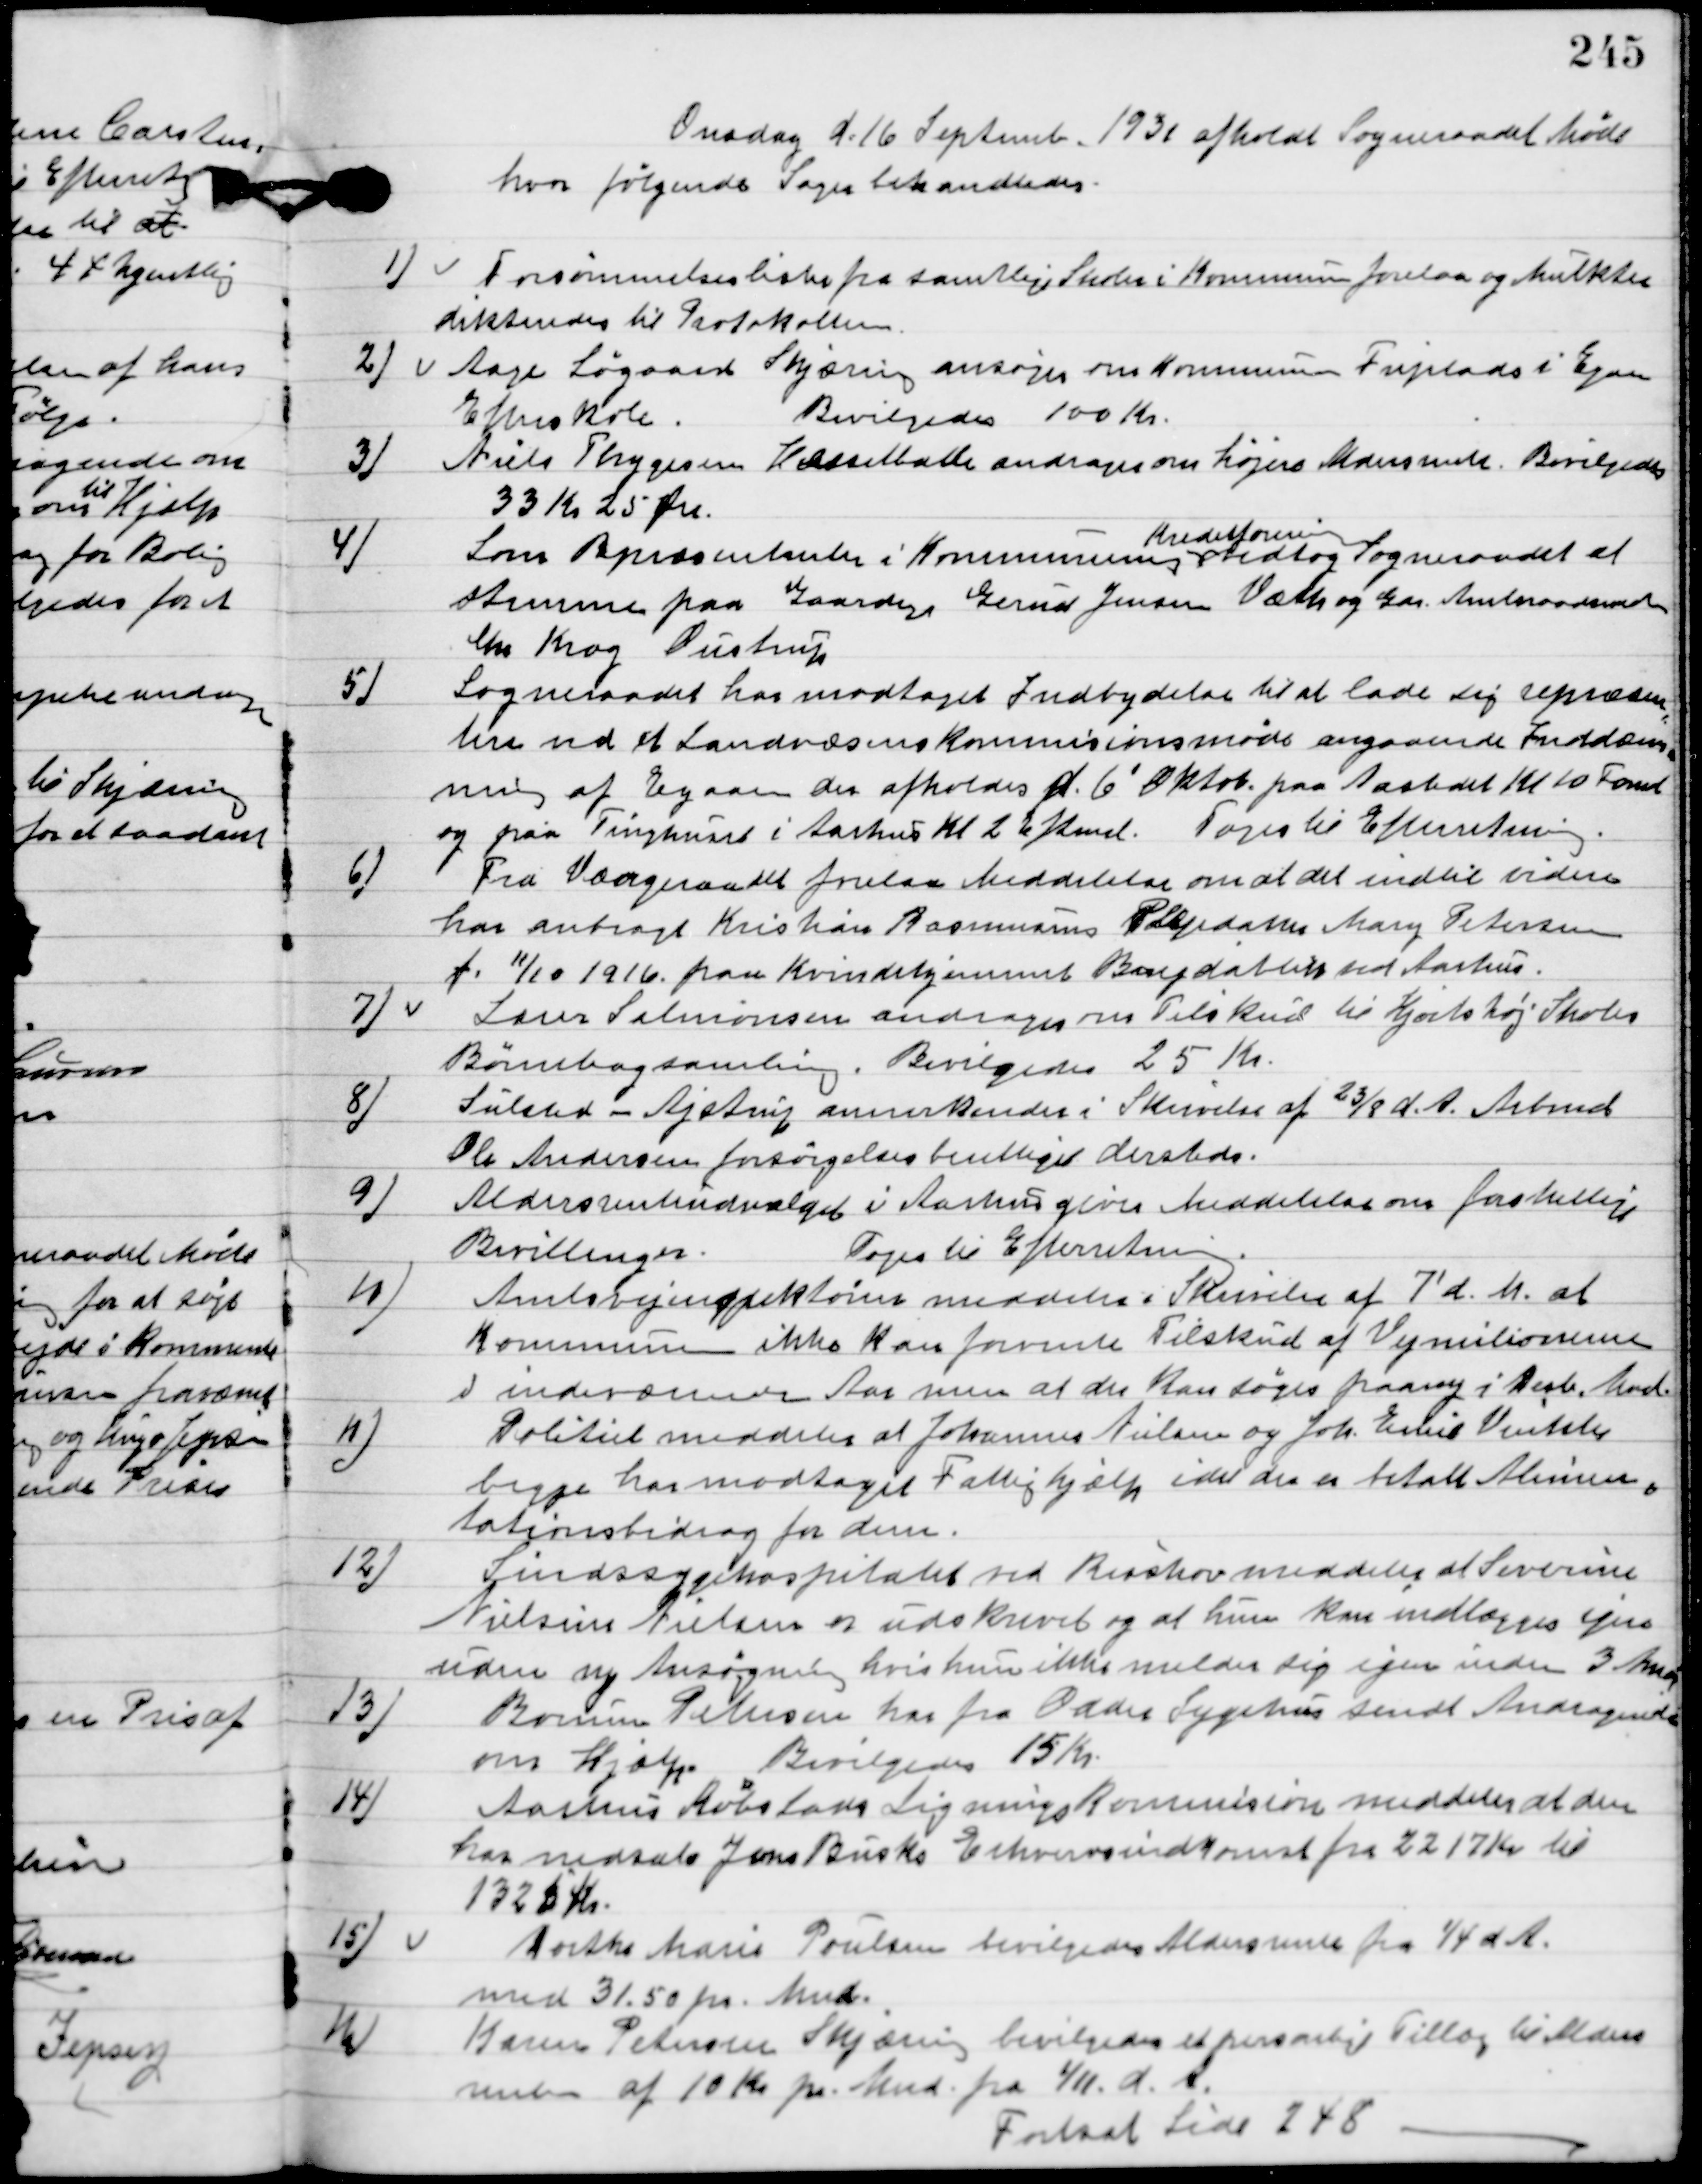
Transskription:
Onsdag d. 16. september 1931 afholdt Sogneraadet Møde
hvor følgende sager behandledes.

1

Forsømmelseslister fra samtlige skoler i Kommunen forelaa og Mulkter
dikteredes til Protokollen.

2

Aage Søgaard Skjæring ansøger om kommunens friplads i Egaa
Efterskole.
Bevilgedes 100 kr.

3

Niels Thygesen Hesselballe andrager om højere Aldersrente.
Bevilgedes
33 Kr. 25 Øre.

4

Som Repræsentanter i Kommunens  
Kredsforening
vedtog sogneraadet at 
stemme paa gaardejer Gerner Jensen Værk og Gdr. Amtsraadmand  
Chr. Krog Oustrup.

5

Sogneraadet har modtaget Indbydelse til at lade sig repræsen –
tere ved et Landvæsenskommisionsmøde angaaende Inddæmning
af Egaaen der afholdes d. 6´ Oktob. Paa Aastedet Kl. 10 Formid.
og paa Tinghuset i Aarhus Kl. 2 Efterm.
Toges til Efterretning.

6.

Fra Værgeraadet forelaa Meddelelse om at det indtil videre
har anbragt Kristian Rasmussens Plejedatter Mary Petersen
f. 11/10 1916 paa Kvindehjemmet Baydalhus ved Aarhus.

7

Lars Salmonsen andrager om tilskud til Hjortshøj Skoles
Børnebogssamling.
Bevilgedes 25 Kr.

8

Sulsted-Ajstrup annerkender i Skrivelse af 23/8 d. A. Arbmd.
Ole Andersen forsørgelsesberettiget derefter.

9

Aldersrenteudvalget i Aarhus giver meddelelse om forskudsdeling
 Bevilgedes.
Toges til Efterretning.

10

Amtsvejinspektørens meddeler i skrivelse af 7´ d. M. at
Kommunen ikke kan forvente Tilskud af Vejmilionerne
i indeværende Aar men at der kan søges paany i Decb. Mnd.

11

Politiet meddeler at Johammes Nielsen og Joh. Emil Vinkler
begge har modtaget fattighjælp idet der er betalt Alimen-
tationsbidrag for dem.

12

Sindssygehospitalet ved Risskov meddeler at Severine
Nielsine Nielsen er udskrevet og at hun kan indlægges igen
uden ny Ansøgning hvis hun ikke melder sig selv inden 3 Mdr.

13

Borum Petersen har fra Odder Sygehus sendt Ansøgning
om Hjælp.
Bevilgedes 15 Kr.

14

Aarhus Købstads Lignings Kommission meddeler at den
har nedsat Jens Busks Erhvervsindkomst fra 2217 Kr. til
1325 Kr.

15

Dorthea Marie Poulsen bevilgedes Aldersrente fra 1/4 d. A.
med 31,50 pr. Mdr.

16

Karen Petersen Skjæring bevilgedes et personligt Tillæg til Alders-
renten af 10 Kr. pr. Mnd. Fra 1/11 d. A.
Forsat Side 248